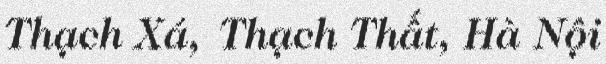
Thạch Xá, Thạch Thất, Hà Nội